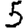
Digit: 5